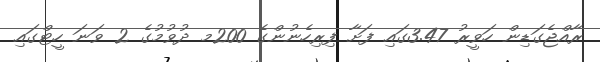
ރާއްޖެގަޑިން ހަވީރު 3.47ގައި ފަށާ ފިރިހެނުންގެ 200މ ދުވުމުގެ 2 ވަނަ ހީޓްގައި